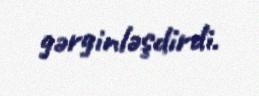
gərginləşdirdi.